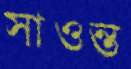
সাওন্ত